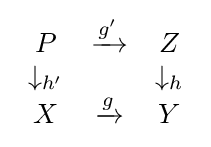
{\begin{array}{ccc}P&{\xrightarrow {g'}}&Z\\\downarrow _{h'}&&\downarrow _{h}\\X&{\xrightarrow {g}}&Y\end{array}}